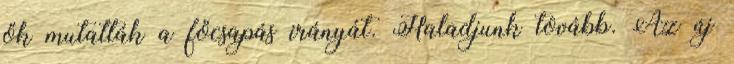
ők mutatták a főcsapás irányát. Haladjunk tovább. Az új